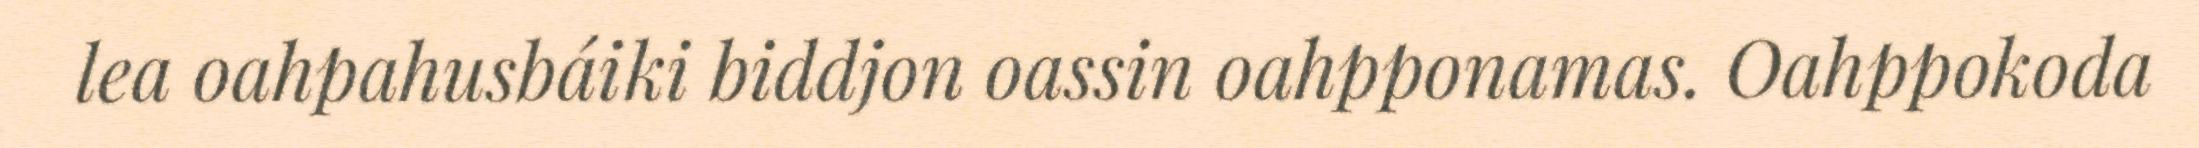
lea oahpahusbáiki biddjon oassin oahpponamas. Oahppokoda